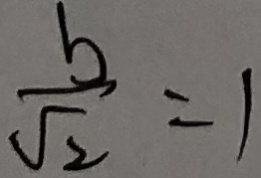
\frac { b } { \sqrt { 2 } } = 1